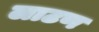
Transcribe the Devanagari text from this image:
लाटण